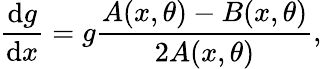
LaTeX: \frac{\mathrm{d}g}{\mathrm{d}x}=g\frac{A(x,\theta)-B(x,\theta)}{2A(x,\theta)},